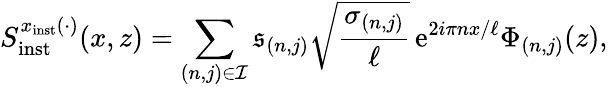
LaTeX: S_{\mathrm{inst}}^{x_{\mathrm{inst}}(\cdot)}(x,z)=\sum_{(n,j)\in\mathcal{I}}\mathfrak{s}_{(n,j)}\sqrt{\frac{\sigma_{(n,j)}}{\ell}}\, \mathrm{e}^{2i\pi nx/\ell}\Phi_{(n,j)}(z),